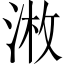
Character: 𱦲